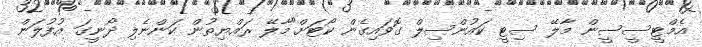
އެމްޓީސީސީން މާލޭ ސިޓީ ކައުންސިލް ގޮވައިގެން ކޯޓަށް"މާލޭ ރައްޔިތުން ކަންނެލި ދޯނީގަ އުފުލަން